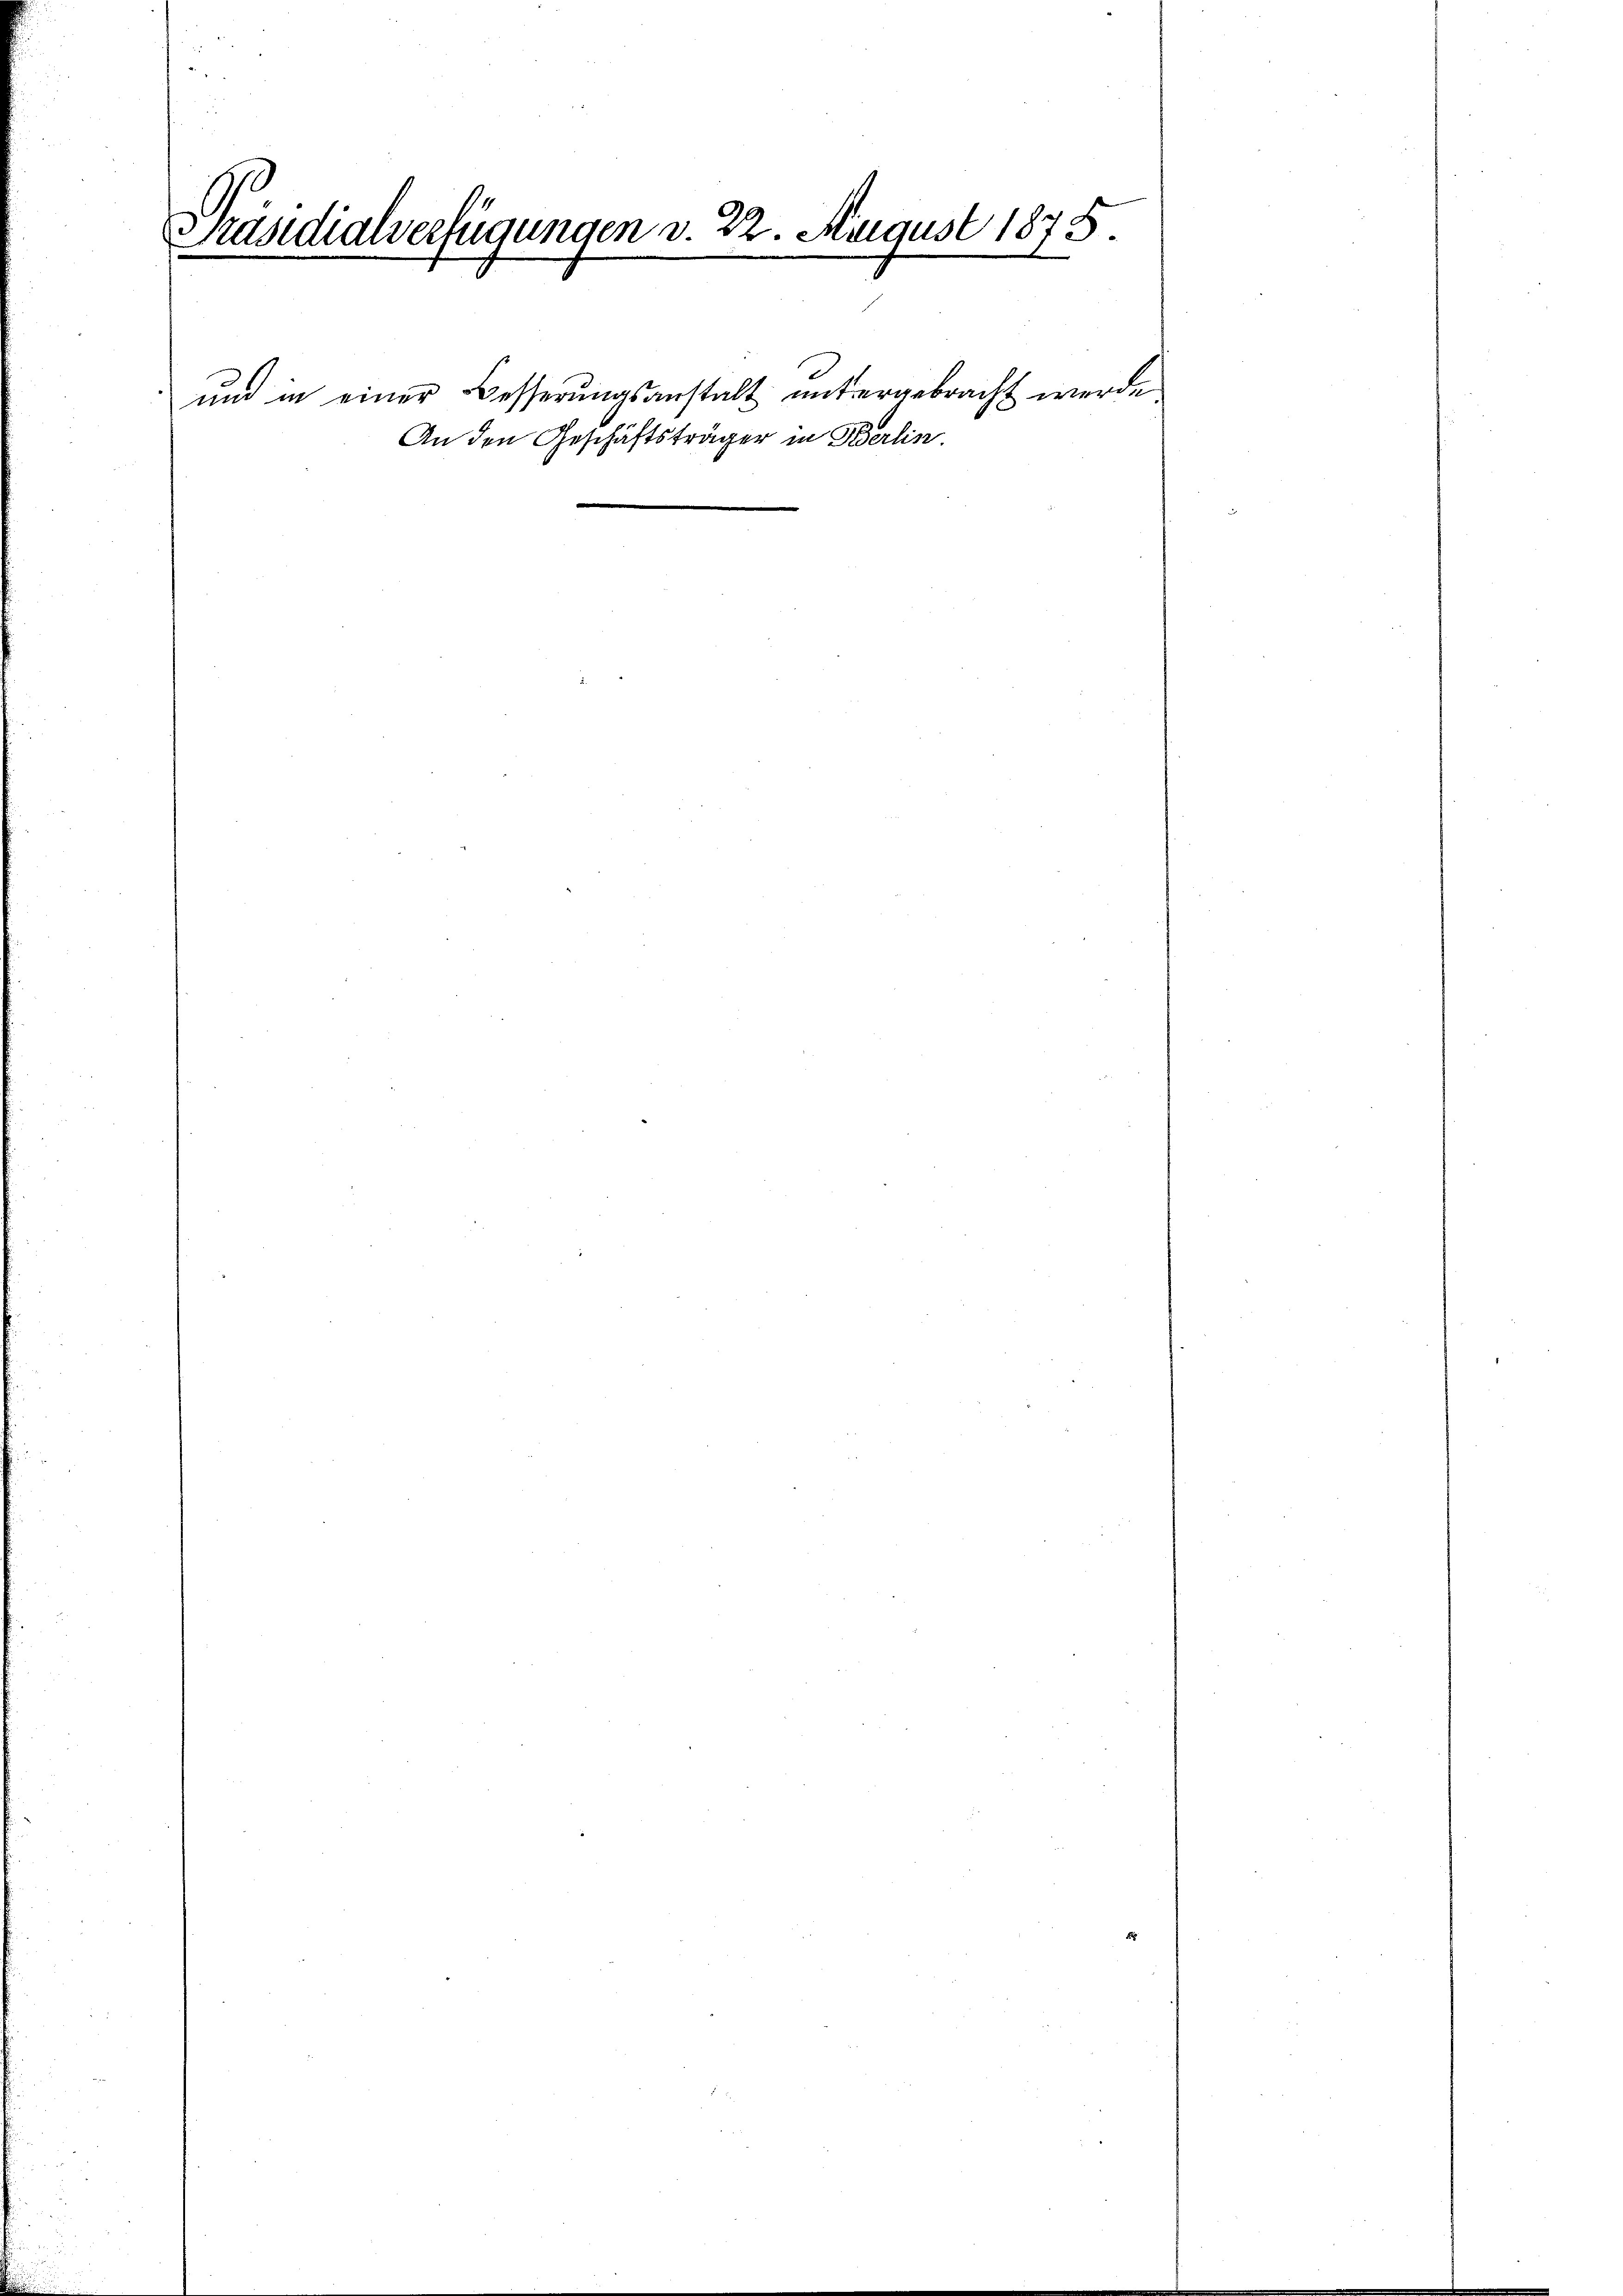
Präsidialverfügungen v. 22. August 1875.

und in einer Besserungsanstalt untergebracht werde.
An den Geschäftsträger in Berlin.